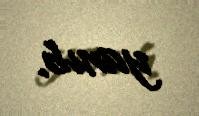
yanıb.